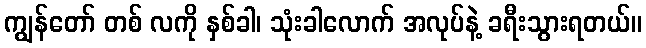
ကျွန်တော် တစ် လကို နှစ်ခါ၊ သုံးခါလောက် အလုပ်နဲ့ ခရီးသွားရတယ်။